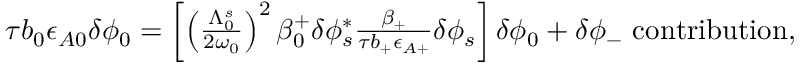
\begin{array} { r } { \tau b _ { 0 } \epsilon _ { A 0 } \delta \phi _ { 0 } = \left[ \left( \frac { \Lambda _ { 0 } ^ { s } } { 2 \omega _ { 0 } } \right) ^ { 2 } \beta _ { 0 } ^ { + } \delta \phi _ { s } ^ { * } \frac { \beta _ { + } } { \tau b _ { + } \epsilon _ { A + } } \delta \phi _ { s } \right] \delta \phi _ { 0 } + \delta \phi _ { - } \ \mathrm { c o n t r i b u t i o n } , } \end{array}